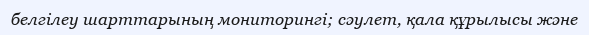
белгілеу шарттарының мониторингі; сәулет, қала құрылысы және